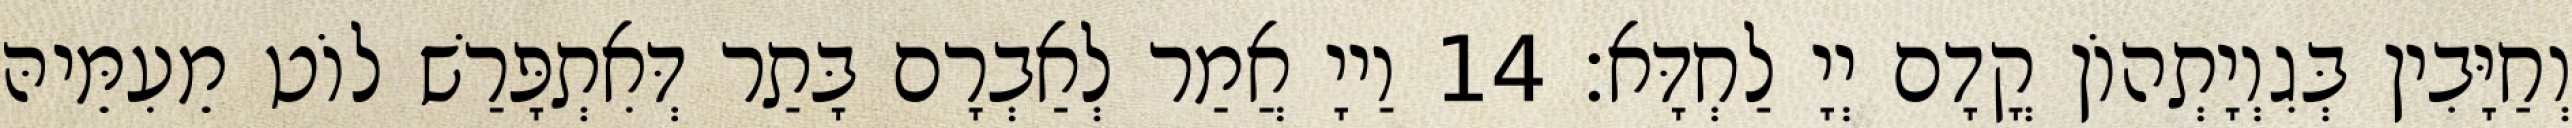
וְחַיָּבִין בְּגִוְיָתְהוֹן קֳדָם יְיָ לַחְדָּא׃ 14 וַייָ אֲמַר לְאַבְרָם בָּתַר דְּאִתְפָּרַשׁ לוֹט מֵעִמֵּיהּ